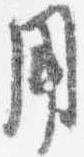
用